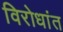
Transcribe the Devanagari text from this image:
विरोधांत